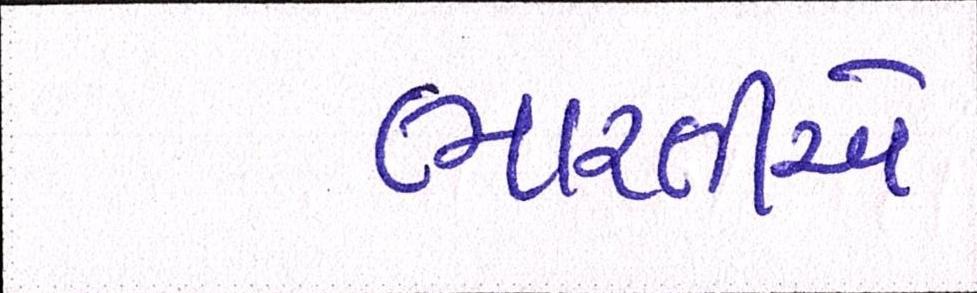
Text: ભારતીએ